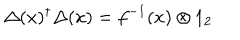
\Delta ( x ) ^ { \dagger } \Delta ( x ) = f ^ { - 1 } ( x ) \otimes 1 _ { 2 }